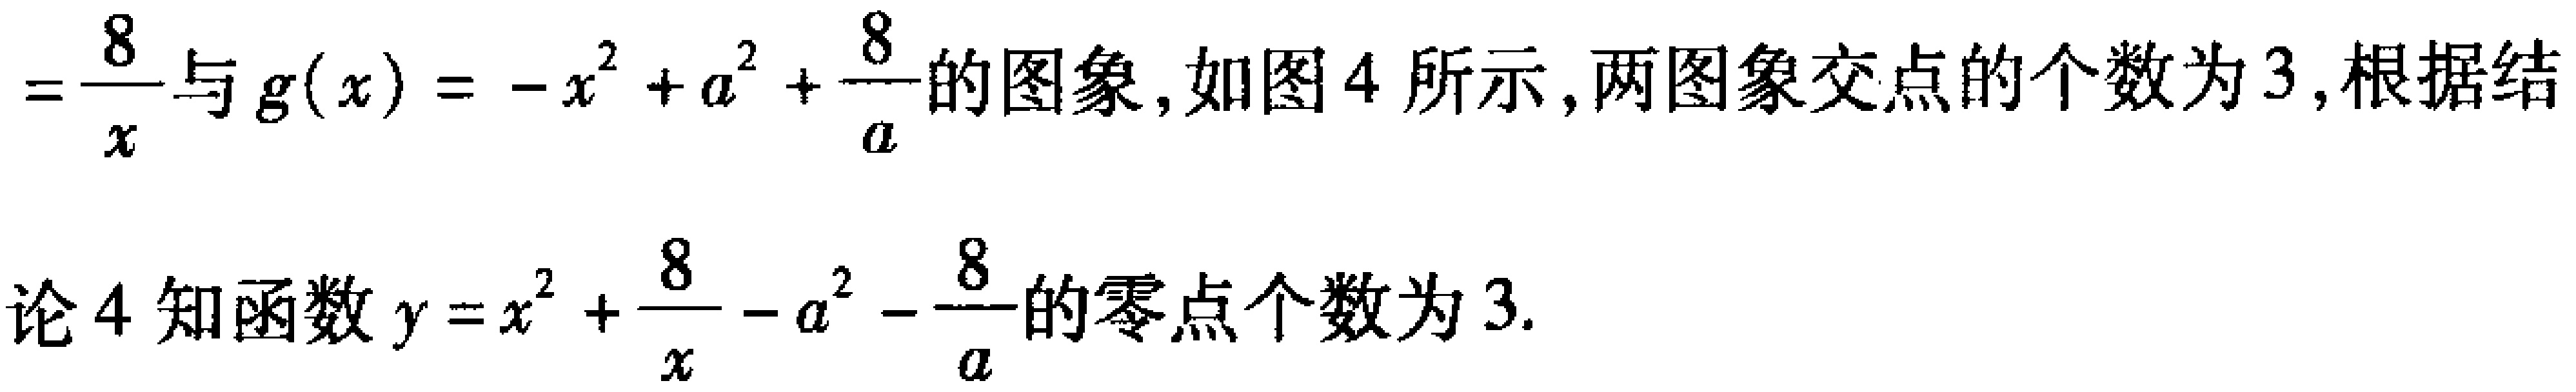
$=\dfrac{8}{x}与g(x)=-x^{2}+a^{2}+\dfrac{8}{a}的图象,如图4所示,两图象交点的个数为3,根据结\\论4知函数y = x^{2}+\dfrac{8}{x}-a^{2}-\dfrac{8}{a}的零点个数为3.$